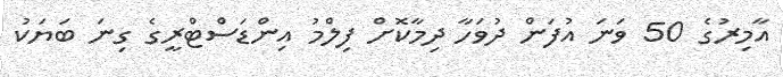
އާމިރުގެ 50 ވަނަ އުފަން ދުވަހާ ދިމާކޮށް ފިލްމު އިންޑަސްޓްރީގެ ގިނަ ބަޔަކު